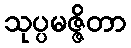
သုပ္ပမဇ္ဇိတာ